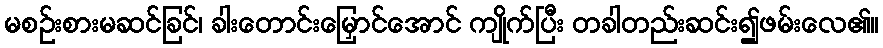
မစဉ်းစားမဆင်ခြင်၊ ခါးတောင်းမြှောင်အောင် ကျိုက်ပြီး တခါတည်းဆင်း၍ဖမ်းလေ၏။